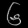
Digit: ၆